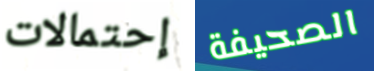
إحتمالات الصحيفة